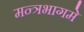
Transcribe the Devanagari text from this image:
मन्त्रभागमे